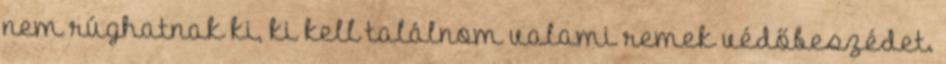
nem rúghatnak ki, ki kell találnom valami remek védőbeszédet.